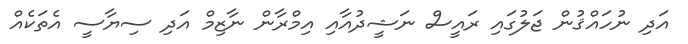
އަދި ނުހައްޤުން ޖަލުގައި ރައީސް ނަޝީދުއާއި އިމްރާން ނާޒިމް އަދި ސިޔާސީ އެތަކެއް